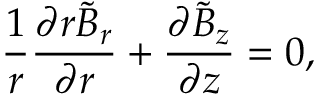
\frac { 1 } { r } \frac { \partial r \tilde { B } _ { r } } { \partial r } + \frac { \partial \tilde { B } _ { z } } { \partial z } = 0 ,